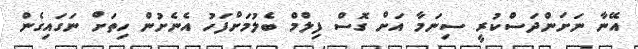
އޭނާ ނަށަންދަސްކުރީ ސިނަމާ އަށް ގޮސް ފިލްމް ބެލުމަށްފަހު އެނެށުން ހިތަށް ނަގައިގެން